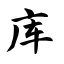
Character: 库